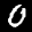
Label: 0